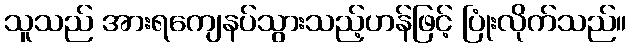
သူသည် အားရကျေနပ်သွားသည့်ဟန်ဖြင့် ပြုံးလိုက်သည်။